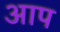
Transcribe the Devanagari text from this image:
अाप